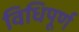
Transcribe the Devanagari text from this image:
विधिपूर्ण